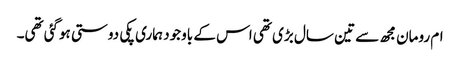
ام رومان مجھ سے تین سال بڑی تھی اس کے باوجود ہماری پکی دوستی ہوگئی تھی۔